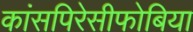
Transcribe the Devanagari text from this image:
कांसपिरेसीफोबिया